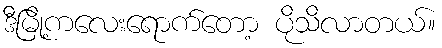
ဒီမြို့ကလေးရောက်တော့ ပိုသိလာတယ်။